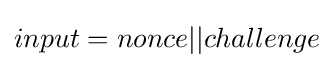
input=nonce||challenge